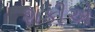
શકીએ